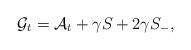
LaTeX: \begin{align*} \mathcal G_t = \mathcal A_t + \gamma S_{} + 2 \gamma S_-,\end{align*}